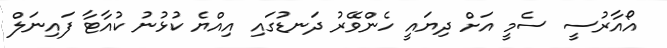
އޯއާރުސީ ސެމީ އަށް ދިޔައީ ހެންވޭރު ދަނޑުގައި އިއްޔެ ކުޅުނު ކުއާޓާ ފައިނަލް